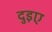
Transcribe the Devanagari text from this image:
दुइए